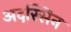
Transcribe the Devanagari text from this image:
अदस्सिन